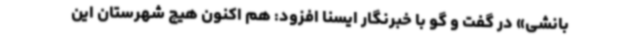
بانشی» در گفت و گو با خبرنگار ایسنا افزود: هم اکنون هیچ شهرستان این